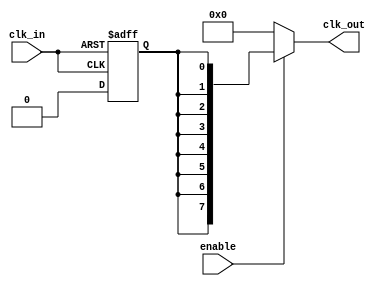
module HighFanoutClockBuffer (
    input wire clk_in,          // Incoming clock signal
    input wire enable,          // Enable signal for the clock buffer
    output wire [N-1:0] clk_out // Array of output clock signals
);
    parameter N = 8;            // Number of output clock signals
    parameter DELAY = 2;        // Propagation delay in simulation units

    // Input Buffer with Schmitt Trigger characteristics
    wire clk_buffered;
    reg clk_stable;

    always @(posedge clk_in or negedge clk_in) begin
        if (clk_in) begin
            clk_stable <= 1'b1; // High state
        end else begin
            clk_stable <= 1'b0; // Low state
        end
    end

    assign clk_buffered = clk_stable;

    // Fanout Driver Stage
    wire [N-1:0] clk_driven;

    generate
        genvar i;
        for (i = 0; i < N; i = i + 1) begin : fanout_drivers
            // Simple buffer for fanout driving
            assign #DELAY clk_driven[i] = clk_buffered;
        end
    endgenerate

    // Output Buffers with adjustable drive strength
    reg [N-1:0] clk_out_reg;

    always @(*) begin
        if (enable) begin
            clk_out_reg = clk_driven; // Pass through the driven clock
        end else begin
            clk_out_reg = {N{1'b0}}; // Disable output
        end
    end

    assign clk_out = clk_out_reg;

endmodule